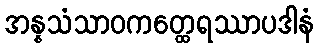
အန္နသံသာဝကတ္ထေရဿာပဒါနံ